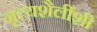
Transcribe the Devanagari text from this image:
नृत्यशैलींशी